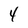
Character: 4